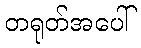
တရုတ်အပေါ်